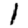
Digit: 1